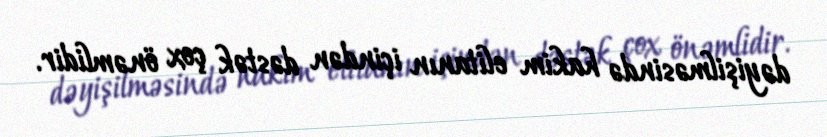
dəyişilməsində hakim elitanın içindən dəstək çox önəmlidir.